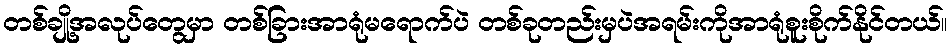
တစ်ချို့အလုပ်တွေမှာ တစ်ခြားအာရုံမရောက်ပဲ တစ်ခုတည်းမှပဲအရမ်းကိုအာရုံစူးစိုက်နိုင်တယ်။